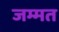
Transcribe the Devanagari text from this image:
जम्मत